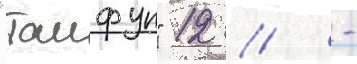
"таифун" 12 // -